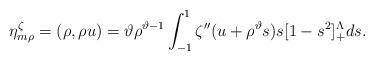
LaTeX: \begin{align*}\eta_{m\rho}^\zeta=(\rho,\rho u)=\vartheta\rho^{\vartheta-1}\int_{-1}^1\zeta''(u+\rho^\vartheta s)s[1-s^2]_+^\Lambda ds.\end{align*}